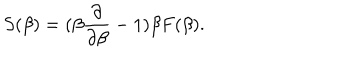
S ( \beta ) = ( \beta { \frac { \partial } { \partial \beta } } - 1 ) \beta F ( \beta ) .